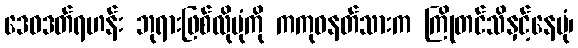
ဒေဝဒတ်ရဟန်း ဘုရားဖြစ်လိုပုံကို ကကုဓနတ်သားက ကြိုတင်သိနှင့်နေပုံ၊